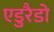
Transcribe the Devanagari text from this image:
एडुरैडो